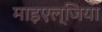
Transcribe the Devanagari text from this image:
माइएल्जिया